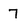
Character: 7